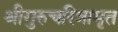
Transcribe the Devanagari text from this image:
श्रीगुरुचरित्रामृत